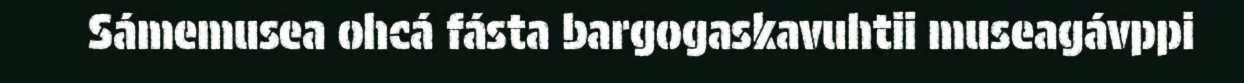
Sámemusea ohcá fásta bargogaskavuhtii museagávppi